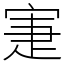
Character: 寁